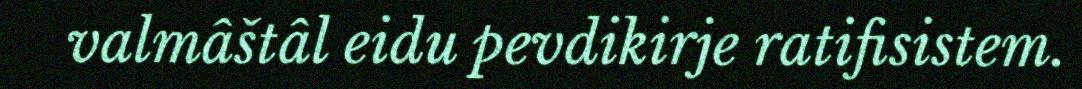
valmâštâl eidu pevdikirje ratifisistem.